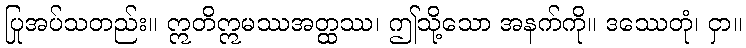
ပြုအပ်သတည်း။ ဣတိဣမဿအတ္ထဿ၊ ဤသို့သော အနက်ကို။ ဒဿေတုံ၊ ငှာ။